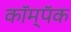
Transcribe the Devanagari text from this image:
कॉम्पॅक